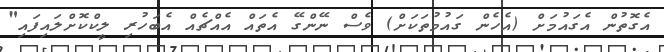
އެގޮތުން އެގައުމަށް (އެހެން ގައުމުތަކަށް) ވެސް ނޭންގޭ އެތައް އެއްޗެއް އެބަހުރި ލީކްކޮށްލައިފައި"